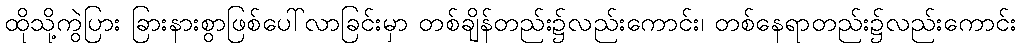
ထိုသို့ကွဲပြား ခြားနားစွာဖြစ်ပေါ်လာခြင်းမှာ တစ်ချိန်တည်း၌လည်းကောင်း၊ တစ်နေရာတည်း၌လည်းကောင်း